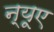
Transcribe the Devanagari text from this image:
न्‍यूए